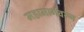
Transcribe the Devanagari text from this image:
महामार्गवरून